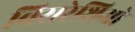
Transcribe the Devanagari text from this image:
विसरेशिओ